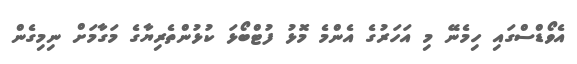
އެވޯޑްސްގައި ހިމެނޭ މި އަހަރުގެ އެންމެ މޮޅު ފުޓްބޯޅަ ކުޅުންތެރިޔާގެ މަގާމަށް ނިމިގެން